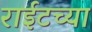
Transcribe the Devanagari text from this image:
राईटच्या